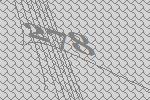
278